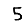
Digit: 5